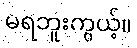
မရဘူးကွယ့်။